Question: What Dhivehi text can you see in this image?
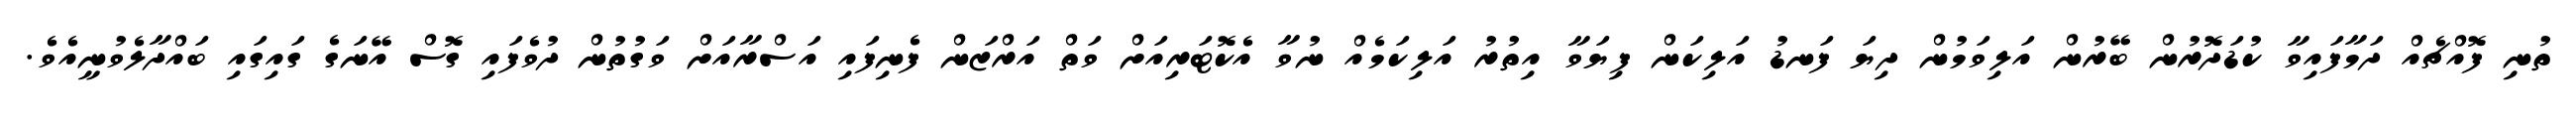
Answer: ތުނި ފޮއްޗެއް ދަމާފައިވާ ކުޑަދޮރުން ބޭރުން އަލިވަމުން ދިޔަ ފަނޑު އަލިކަން ފިޔަވާ އިތުރު އަލިކަމެއް ނުވާ އެކޮޓަރިއަށް ވަތް އަރްޒަން ފެނިފައި އަސްރާއަށް ވަގުތުން ދުވެފައި ގޮސް އޭނަގެ ގައިގައި ބައްދާލެވުނީއެވެ.